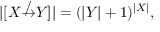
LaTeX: | [ X \not \to Y ] | = ( | Y | + 1 ) ^ { | X | } ,